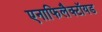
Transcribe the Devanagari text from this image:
एनाफिलैक्टॉयड